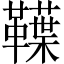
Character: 𩍣